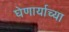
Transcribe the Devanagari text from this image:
घेणार्याच्या